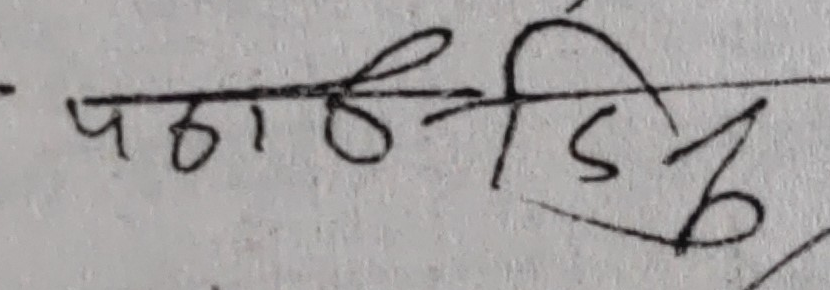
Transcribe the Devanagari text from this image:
पठाईदि